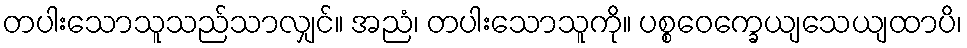
တပါးသောသူသည်သာလျှင်။ အညံ၊ တပါးသောသူကို။ ပစ္စဝေက္ခေယျသေယျထာပိ၊